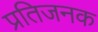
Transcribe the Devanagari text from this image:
प्रतिजनक